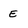
Character: e